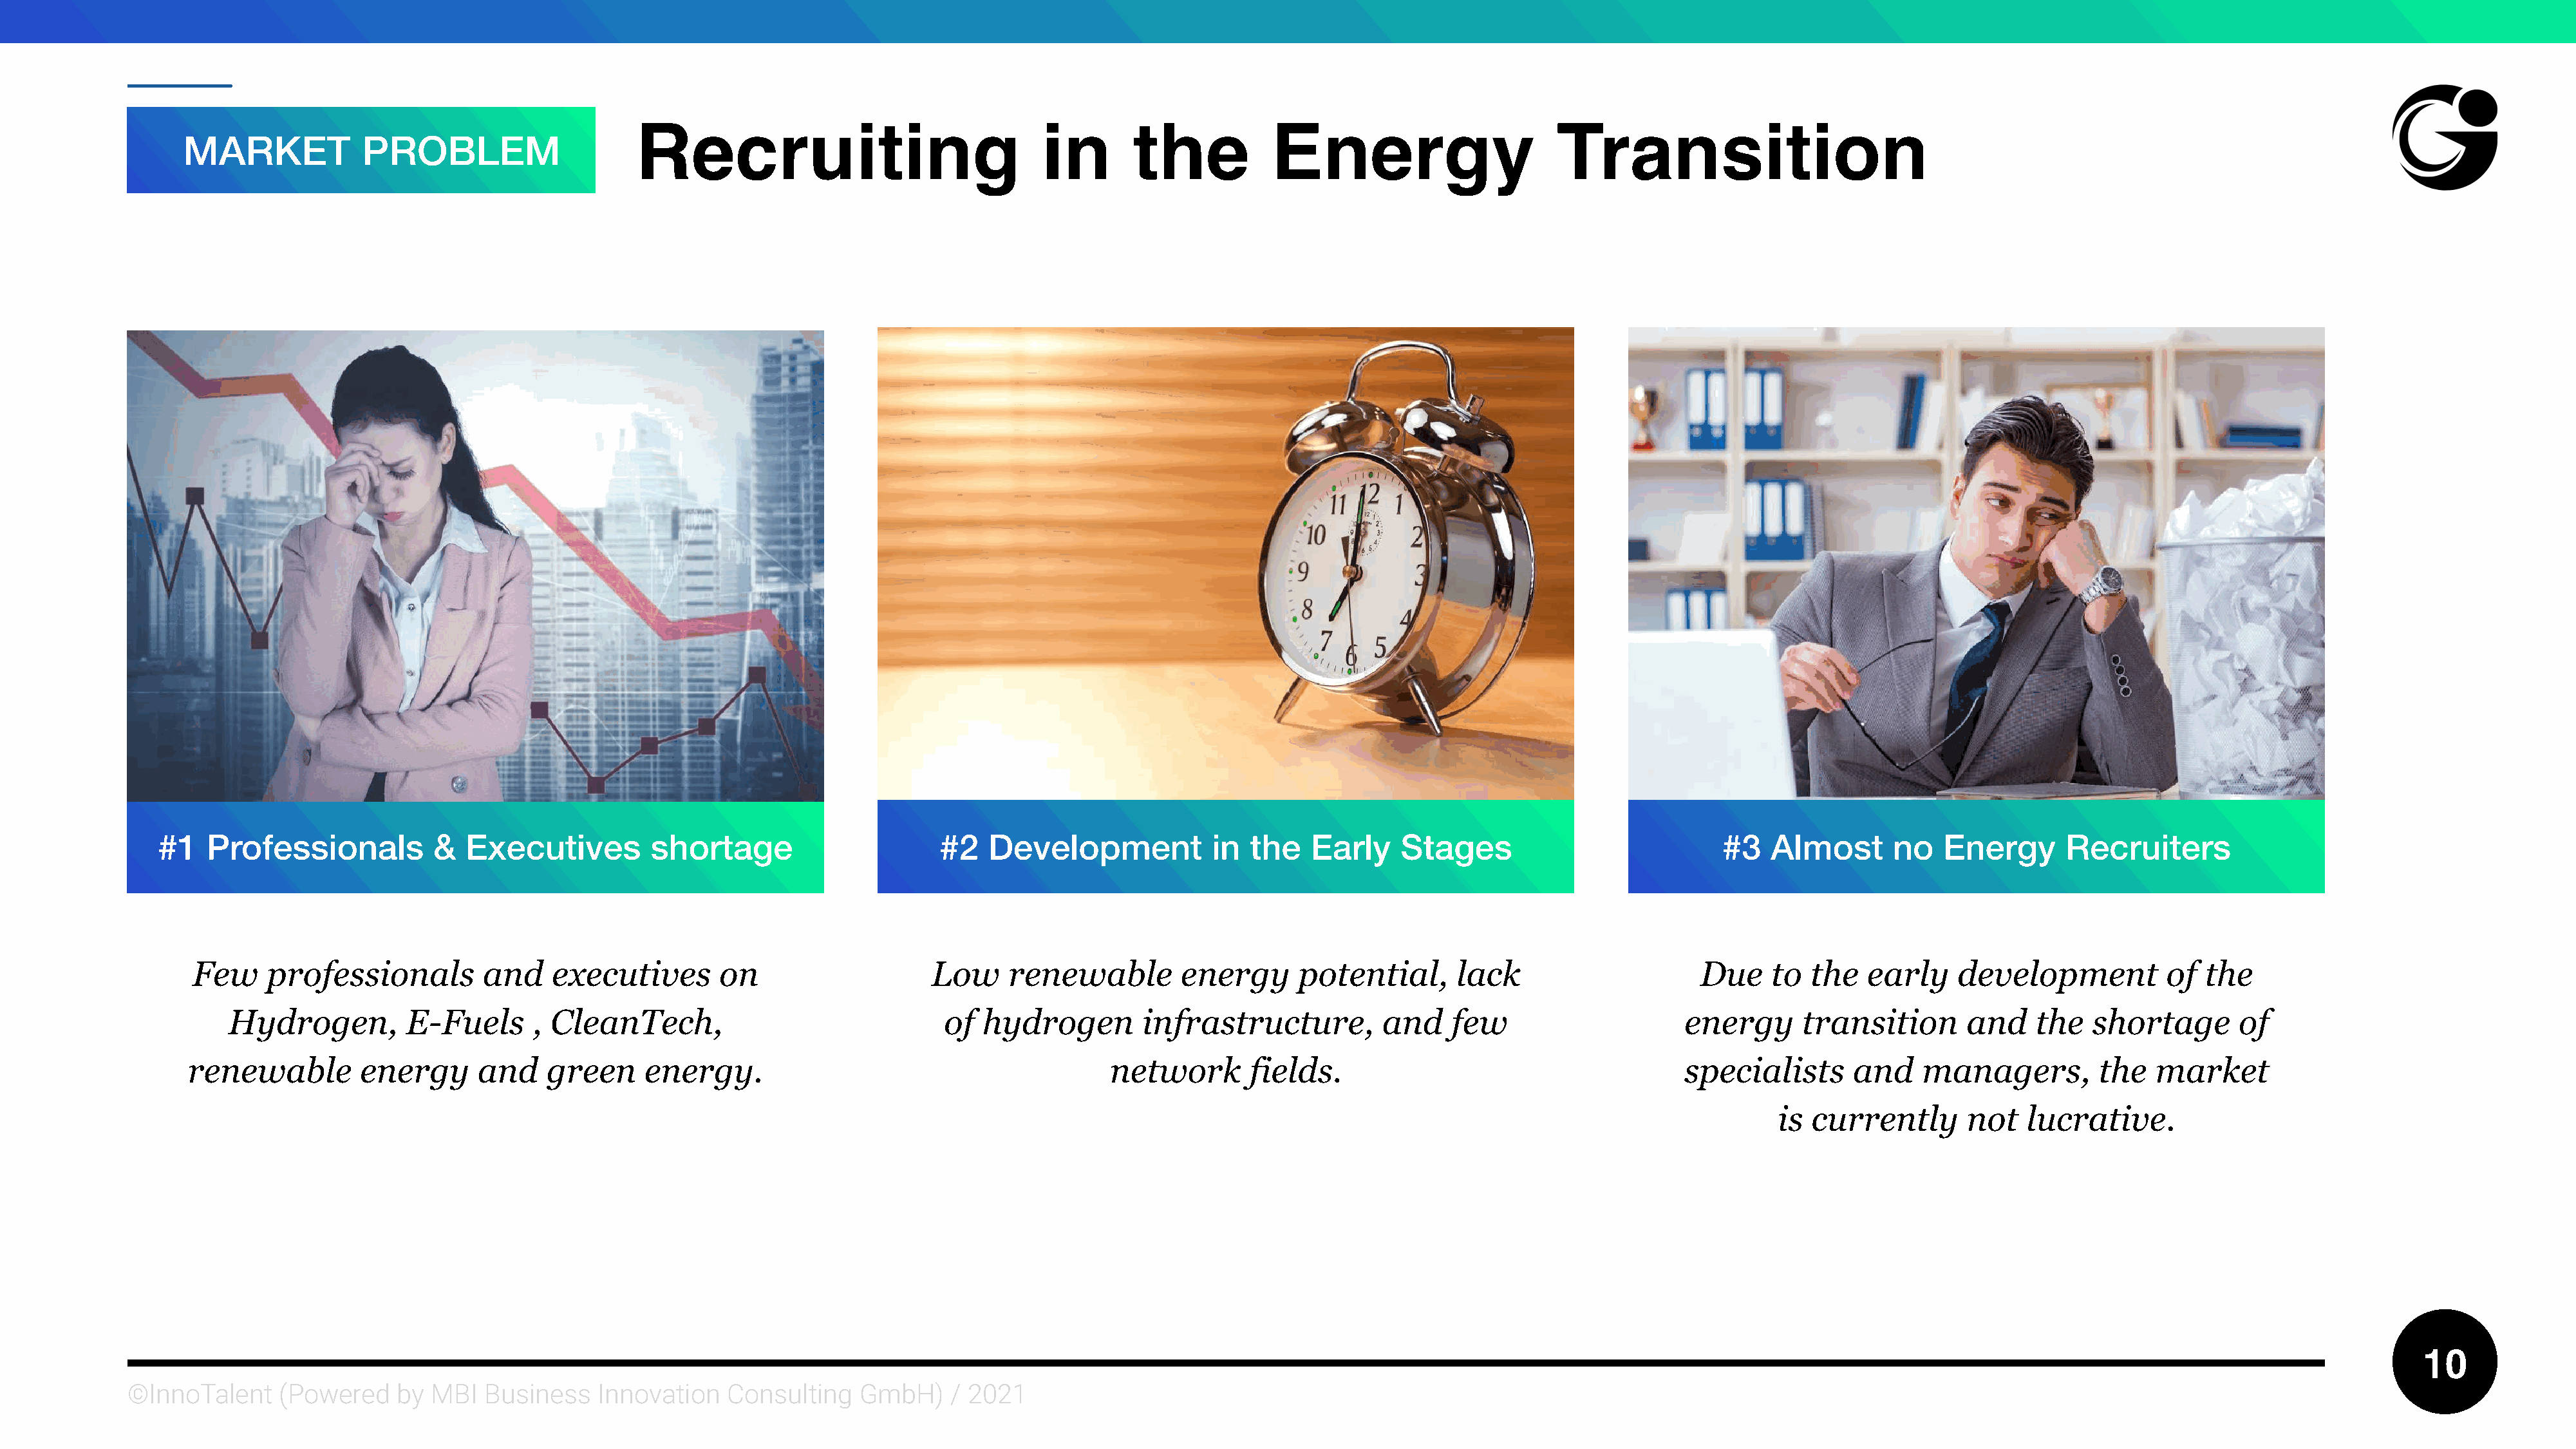
Recruiting                                in       the            Energy                       Transition
 MARKET            PROBLEM
 #1   Professionals           &  Executives         shortage                      #2   Development            in the    Early    Stages                           #3   Almost       no   Energy      Recruiters
 Few    professionals          and    executives       on                    Low     renewable        energy      potential,       lack                     Due    to  the   early    development           of  the
 Hydrogen,          E-Fuels      , CleanTech,                              of  hydrogen        infrastructure,          and    few                     energy      transition       and    the   shortage       of
 renewable         energy      and    green     energy.                                         network       fields.                                      specialists      and     managers,         the   market
 is currently       not   lucrative.
 10
 ©InnoTalent     (Powered    by MBI   Business   Innovation    Consulting   GmbH)     / 2021